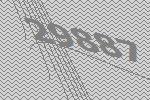
29887